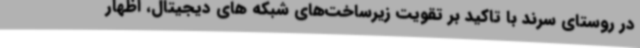
در روستای سرند با تاکید بر تقویت زیرساخت‌های شبکه های دیجیتال، اظهار